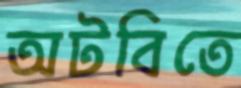
অটবিতে